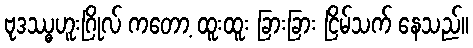
ဗုဒဿ္ဓဟူးဂြိုလ် ကတော့ ထူးထူး ခြားခြား ငြိမ်သက် နေသည်။